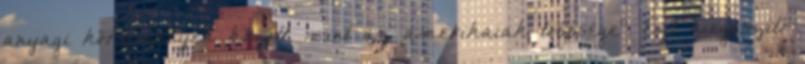
anyagi körülmények között, mint az amerikaiak többsége”. Ezt kiegészítő